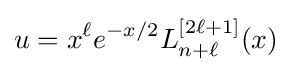
u=x^{\ell }e^{-x/2}L_{n+\ell }^{[2\ell +1]}(x)